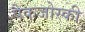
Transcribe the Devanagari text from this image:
पैकजोस्की